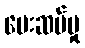
ပေးဆပ်မှု